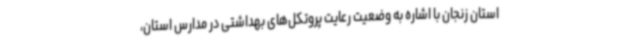
استان زنجان با اشاره به وضعیت رعایت پروتکل‌های بهداشتی در مدارس استان،